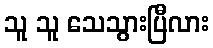
သူ သူ သေသွားပြီလား